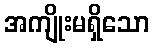
အကျိုးမရှိသော